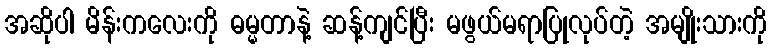
အဆိုပါ မိန်းကလေးကို ဓမ္မတာနဲ့ ဆန့်ကျင်ပြီး မဖွယ်မရာပြုလုပ်တဲ့ အမျိုးသားကို